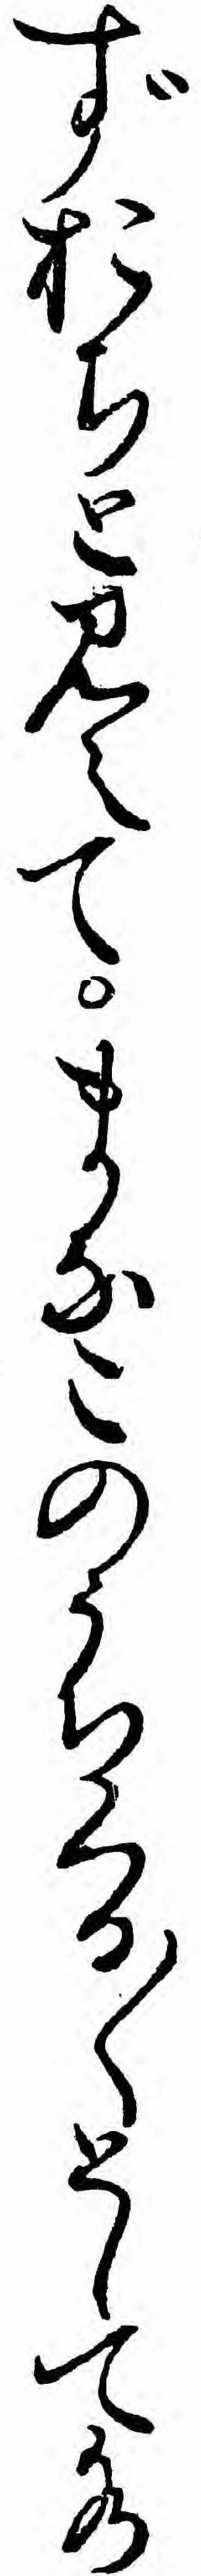
ずおちと見えてまなこのうちくる〱として水